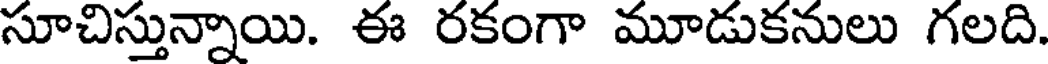
సూచిస్తున్నాయి. ఈ రకంగా మూడుకనులు గలది.